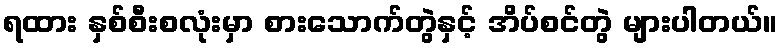
ရထား နှစ်စီးစလုံးမှာ စားသောက်တွဲနှင့် အိပ်စင်တွဲ များပါတယ်။